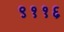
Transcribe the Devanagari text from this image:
९११६